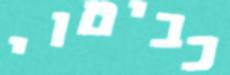
כביטוי